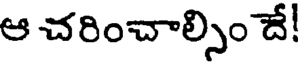
ఆ చరించాల్సిం దే!